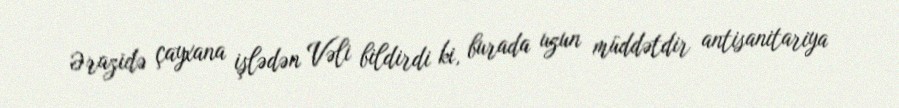
Ərazidə çayxana işlədən Vəli bildirdi ki, burada uzun müddətdir antisanitariya